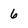
Character: 6